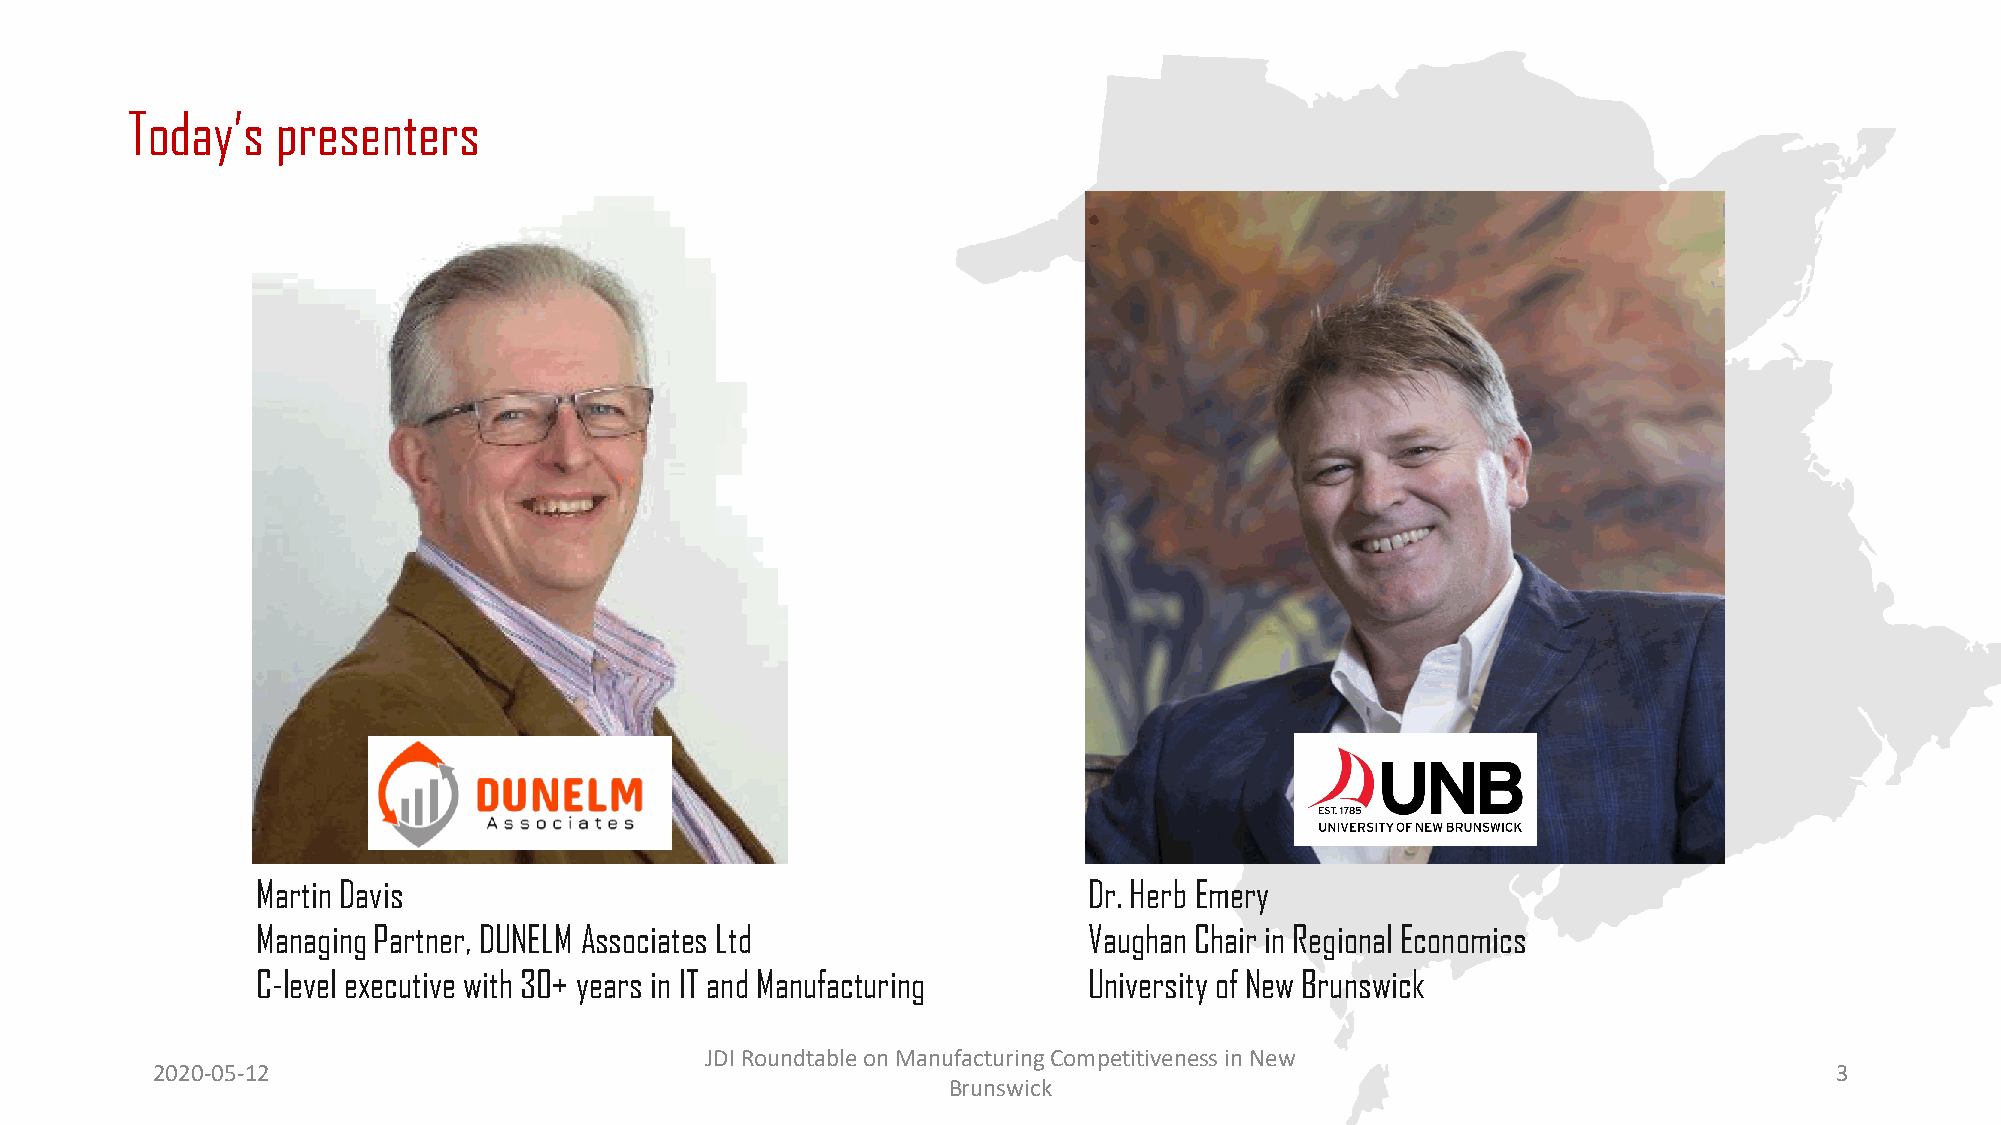
Today’s   presenters
 Martin Davis                                           Dr. Herb Emery
 Managing Partner, DUNELM Associates Ltd                Vaughan Chair in Regional Economics
 C-level executive with 30+ years in IT and Manufacturing University of New Brunswick
 JDI Roundtable on Manufacturing Competitiveness in New
 2020-05-12                                                                                                     3
 Brunswick